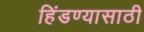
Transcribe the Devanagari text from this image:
हिंडण्यासाठी